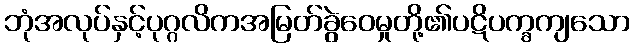
ဘုံအလုပ်နှင့်ပုဂ္ဂလိကအမြတ်ခွဲဝေမှုတို့၏ပဋိပက္ခကျသော